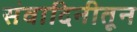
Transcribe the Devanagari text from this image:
संवादिनीतून